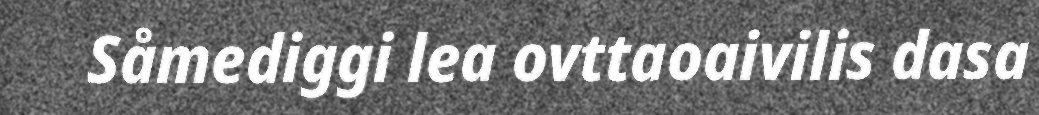
Såmediggi lea ovttaoaivilis dasa